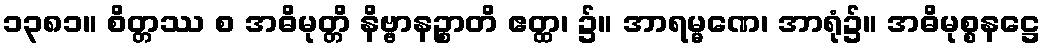
၁၃၈၁။ စိတ္တဿ စ အဓိမုတ္တိ နိဗ္ဗာနဉ္စာတိ ဧတ္ထ၊ ၌။ အာရမ္မဏေ၊ အာရုံ၌။ အဓိမုစ္စနဋ္ဌေ